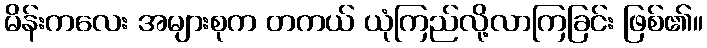
မိန်းကလေး အများစုက တကယ် ယုံကြည်လို့လာကြခြင်း ဖြစ်၏။